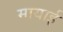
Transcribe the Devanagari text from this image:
मायाई